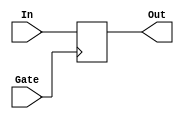
module Memoire(In, Gate, Out);

parameter BUS_SIZE = 8;
parameter GATE_POLARITY = 0;

input[(BUS_SIZE-1):0] In;
input Gate;

wire iGate;
output reg[(BUS_SIZE-1):0] Out;

always @(negedge(iGate))
begin

	Out <= In;

end

assign iGate = (GATE_POLARITY == 0) ? Gate : ~Gate;

endmodule